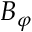
B _ { \varphi }